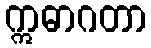
ဣဓာဂတာ